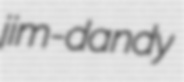
jim-dandy